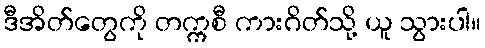
ဒီအိတ်တွေကို တက္ကစီ ကားဂိတ်သို့ ယူ သွားပါ။